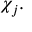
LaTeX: \chi _ { j } .